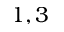
1 , 3